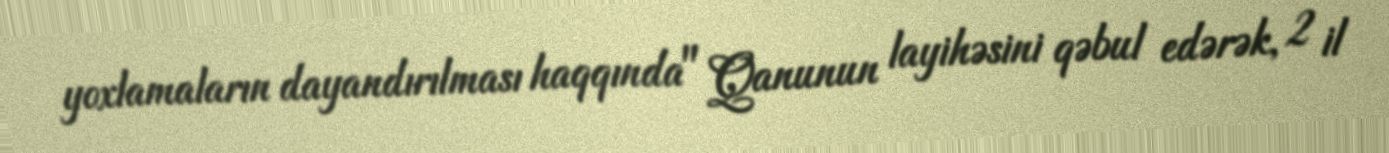
yoxlamaların dayandırılması haqqında" Qanunun layihəsini qəbul edərək, 2 il